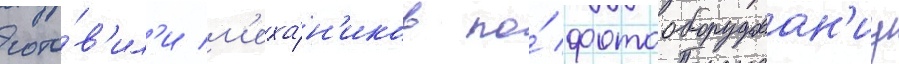
гото́в'ил'и м'еха́н'иков по́ фотооборудован'иу